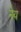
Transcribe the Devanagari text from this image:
नेय